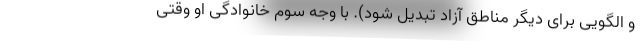
و الگویی برای دیگر مناطق آزاد تبدیل شود). با وجه سوم خانوادگی او وقتی